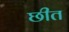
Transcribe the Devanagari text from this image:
छीत